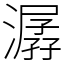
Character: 潺